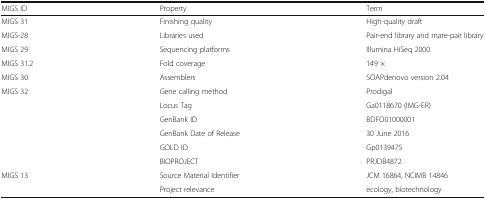
| MIGS ID | Property | Term |
 | --- | --- | --- |
 | MIGS 31 | Finishing quality | High-quality draft |
 | MIGS-28 | Libraries used | Pair-end library and mate-pair library |
 | MIGS 29 | Sequencing platforms | Illumina HiSeq 2000 |
 | MIGS 31.2 | Fold coverage | 149 × |
 | MIGS 30 | Assemblers | SOAPdenovo version 2.04 |
 | <ROWSPAN=6> MIGS 32 | Gene calling method | Prodigal |
 | Locus Tag | Ga0118670 (IMG-ER) |
 | GenBank ID | BDFO01000001 |
 | GenBank Date of Release | 30 June 2016 |
 | GOLD ID | Gp0139475 |
 | BIOPROJECT | PRJDB4872 |
 | <ROWSPAN=2> MIGS 13 | Source Material Identifier | JCM 16864, NCIMB 14846 |
 | Project relevance | ecology, biotechnology |